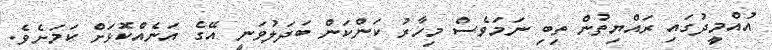
އުއްމީދުގައި ރައްޔިތުން ތިބި ނަމަވެސް މިހާރު ކަންކަން ބަދަލުވަނީ އޭގެ އަނެއްކޮޅަށް ކަމަށެވެ.